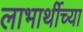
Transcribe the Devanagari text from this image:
लाभार्थीच्या